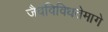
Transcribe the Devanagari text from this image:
जैवविविधतेमागे